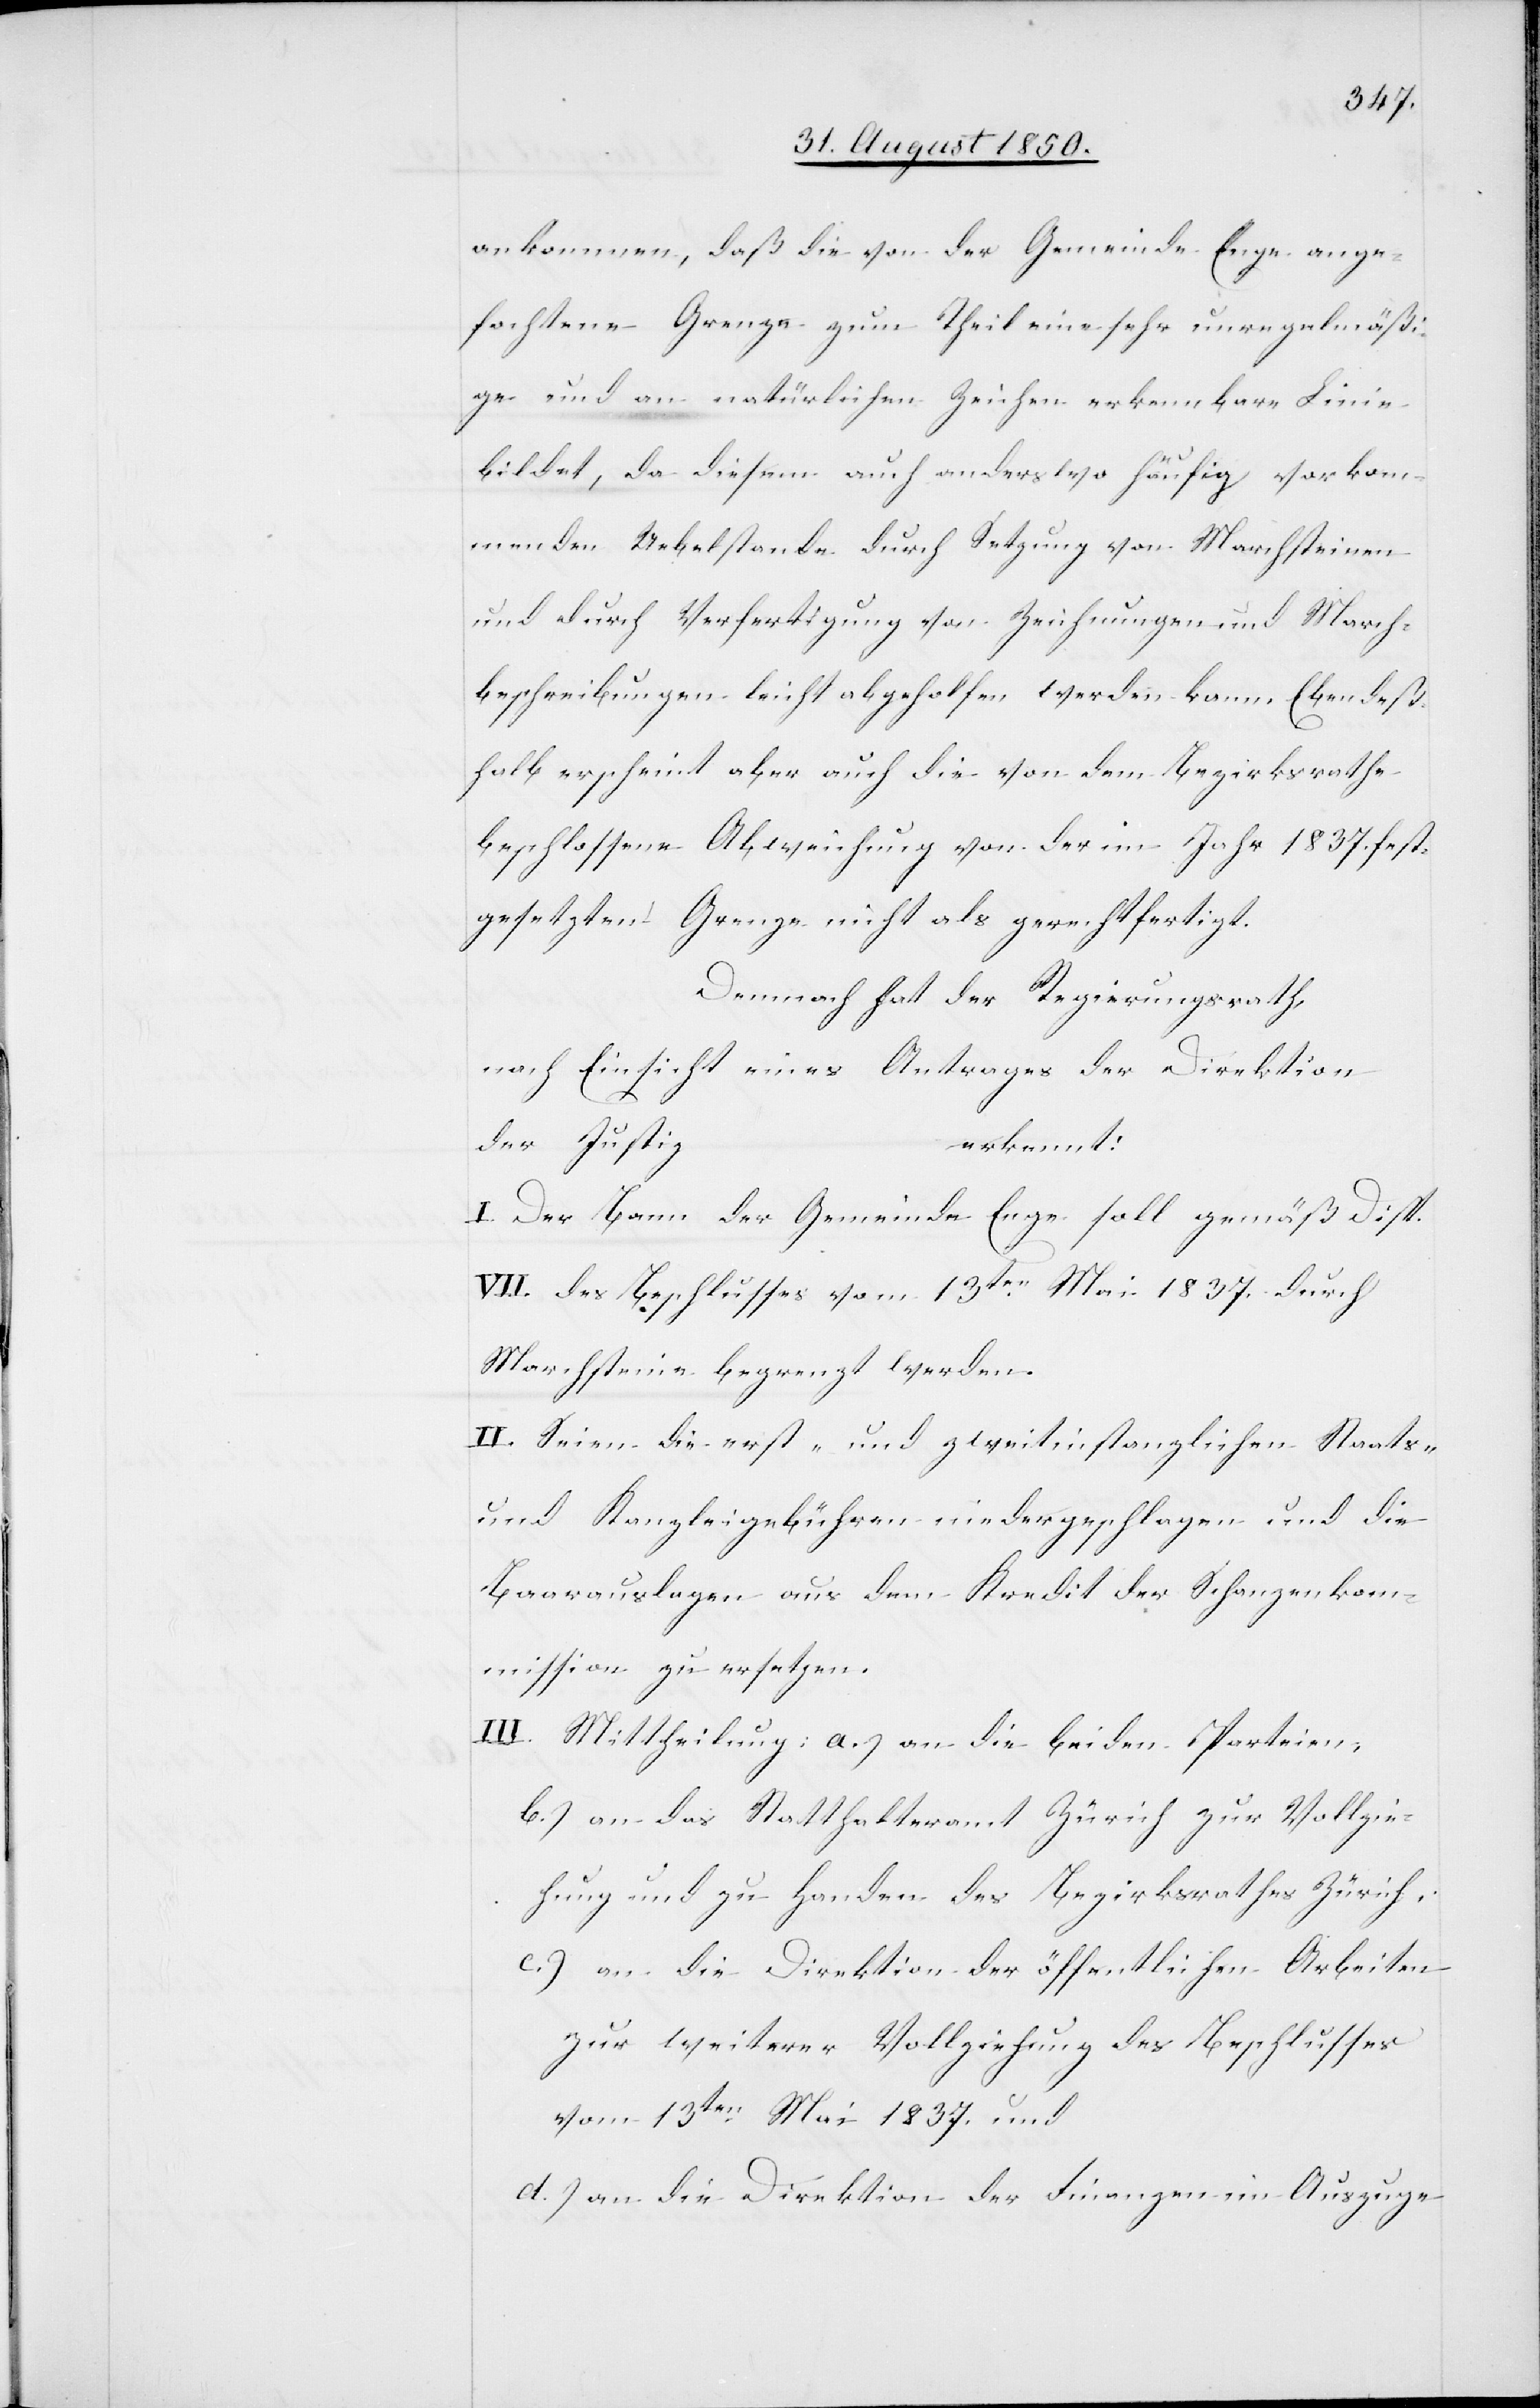
ankommen, daß die von der Gemeinde Enge ange¬
fochtene Grenze zum Theil eine sehr unregelmäßi¬
ge und an natürlichen Zeichen erkennbare Linie
bildet, da diesem auch anderswo häufig vorkom¬
menden Uebelstande durch Setzung von Marchsteinen
und durch Verfertigung von Zeichnungen und March¬
beschreibungen leicht abgeholfen werden kann. Eben deß¬
halb erscheint aber auch die von dem Bezirksrathe
beschlossene Abweichung von der im Jahr 1837. fest¬
gesetzten Grenze nicht als gerechtfertigt.
Demnach hat der Regierungsrath,
nach Einsicht eines Antrages der Direktion
der Justiz
erkennt:
I. Der Bann der Gemeinde Enge soll gemäß Disp.
VII. des Beschlusses vom 13ten Mai 1837. durch
Marchsteine begrenzt werden.
II. Seien die erst- und zweitinstanzlichen Staats-
und Kanzleigebühren niedergeschlagen und die
Baarauslagen aus dem Kredite der Schanzenkom¬
mission zu ersetzen
III. Mittheilung: a.) an die beiden Parteien,
b.) an das Statthalteramt Zürich zur Vollzie¬
hung und zu Handen des Bezirksrathes Zürich,
c.) an die Direktion der öffentlichen Arbeiten
zur weiterer Vollziehung des Beschlusses
vom 13ten Mai 1837. und
d.) an die Direktion der Finanzen im Auszuge